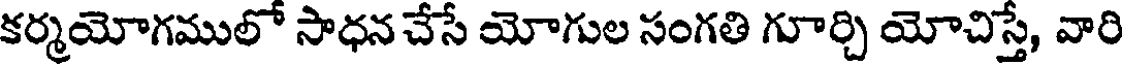
కర్మయోగములో సాధన చేసే యోగుల సంగతి గూర్చి యోచిస్తే, వారి